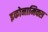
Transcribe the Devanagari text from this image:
इकोनामिक्स